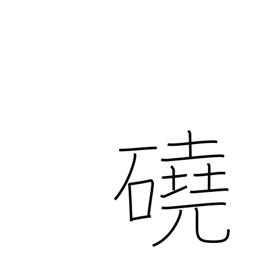
Meaning: barren